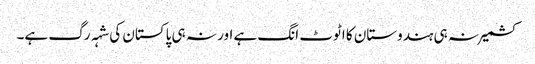
کشمیر نہ ہی ہندوستان کا اٹوٹ انگ ہے اور نہ ہی پاکستان کی شہہ رگ ہے۔